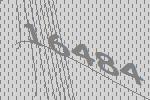
16484